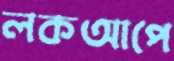
লকআপে